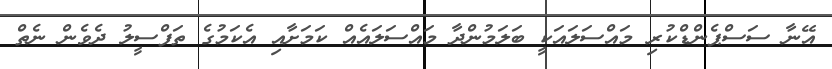
އޭނާ ސަސްޕެންޑްކުރި މައްސަލައަކީ ބަލަމުންދާ މައްސަލައެއް ކަމަށާއި އެކަމުގެ ތަފްސީލު ދެވެން ނެތް